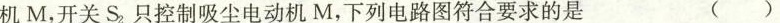
机M，开关S_{2}只控制吸尘电动机M，下列电路图符合要求的是 ( )